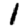
Digit: 1